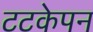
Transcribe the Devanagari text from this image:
टटकेपन